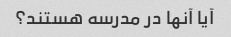
آیا آنها در مدرسه هستند؟